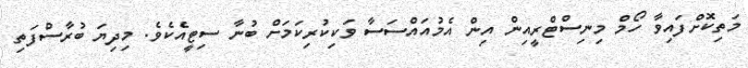
މަތިކޮށްފައިވާ ހޯމް މިނިސްޓްރީއިން އިން އެމުއައްސަސާ ވަކިކުރިކަމަށް ބުނާ ސިޓީއެކެވެ. މިދިޔަ ބުރާސްފަތި